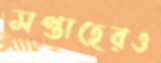
সপ্তাহেরও